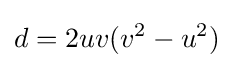
d=2uv(v^{2}-u^{2})